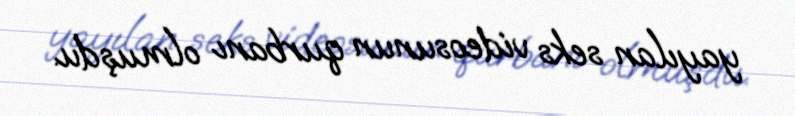
yayılan seks videosunun qurbanı olmuşdu.